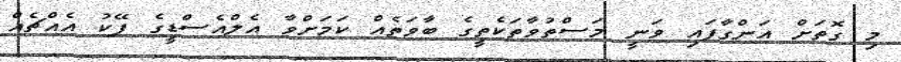
މި ގޮތަށް އަންގާފައި ވަނީ މަސްތުވާތަކެތީގެ ބާވަތެއް ކަމަށްވާ އެލްއެސްޑީގެ ފޭކު އެއްޗެއް